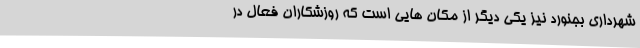
شهرداری بجنورد نیز یکی دیگر از مکان هایی است که روزشکاران فعال در